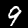
Digit: 9